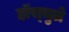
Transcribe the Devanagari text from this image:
हॉस्चुले